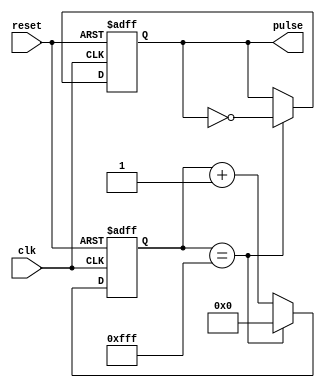
module AsynchronousPulseGenerator (
    input wire clk,
    input wire reset,
    output reg pulse
);

reg [12:0] counter;

always @(posedge clk or posedge reset) begin
    if (reset) begin
        counter <= 13'b0;
        pulse <= 1'b0;
    end else begin
        if (counter == 13'hFFF) begin
            counter <= 13'b0;
            pulse <= ~pulse;
        end else begin
            counter <= counter + 1;
        end
    end
end

endmodule